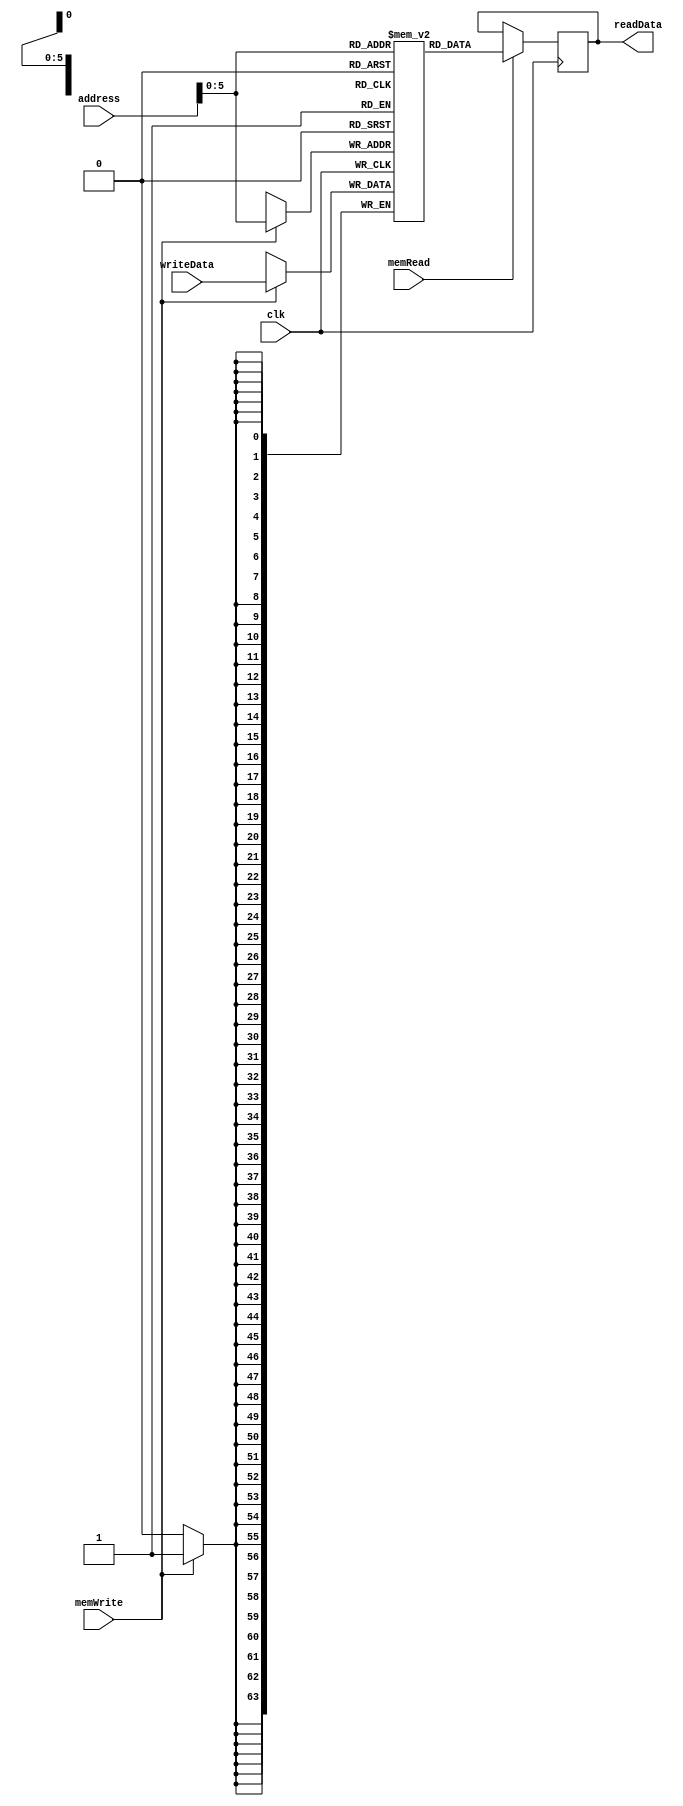
module data_memory(clk, memWrite, memRead, address, writeData, readData);
    input clk, memWrite, memRead;
    input [47:0] address;
    input [63:0] writeData;
    output [63:0] readData;
    reg [63:0] RAM[0:63];

    always @(posedge clk)
    begin
        if(memWrite) RAM[address[5:0]] <= writeData;
        if(memRead) readData = RAM[address[5:0]];
    end
        
endmodule